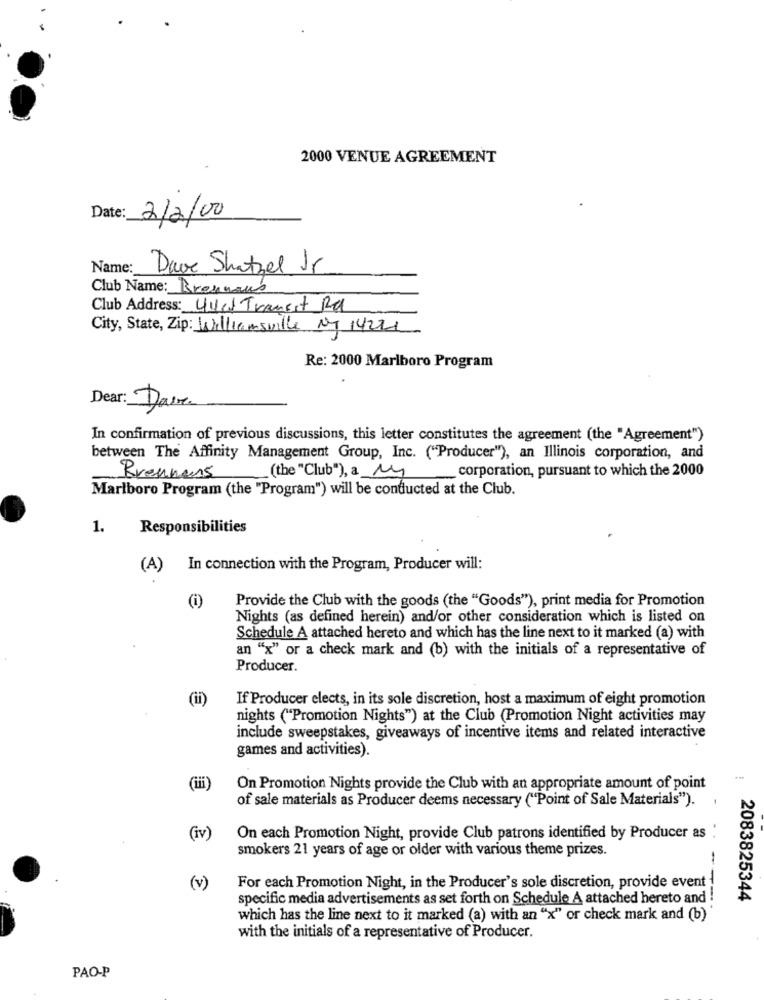
2000 VENUE AGREEMENT
Date:
2/2/00
Name:
Dave Shatzel Ir
Club Name: Brennaus
Club Address: Uvres Transst Rd
City, State, Zip: Williamsville NT 14221
Re: 2000 Marlboro Program
Dear: Dave
In confirmation of previous discussions, this letter constitutes the agreement (the "Agreement")
between The Affinity Management Group, Inc. ("Producer"), an Illinois corporation, and
_ corporation, pursuant to which the 2000
Brennens
(the "Club"), a My
Marlboro Program (the "Program") will be conducted at the Club.
1.
Responsibilities
(A)
In connection with the Program, Producer will:
(i)
Provide the Club with the goods (the "Goods"), print media for Promotion
Nights (as defined herein) and/or other consideration which is listed on
Schedule A attached hereto and which has the line next to it marked (a) with
an "x" or a check mark and (b) with the initials of a representative of
Producer.
(ii)
If Producer elects, in its sole discretion, host a maximum of eight promotion
nights ("Promotion Nights") at the Club (Promotion Night activities may
include sweepstakes, giveaways of incentive items and related interactive
games and activities).
(iii)
On Promotion Nights provide the Club with an appropriate amount of point
of sale materials as Producer deems necessary ("Point of Sale Materials").
(iv)
On each Promotion Night, provide Club patrons identified by Producer as
smokers 21 years of age or older with various theme prizes.
(v)
For each Promotion Night, in the Producer's sole discretion, provide event
specific media advertisements as set forth on Schedule A attached hereto and !
2083825344
which has the line next to it marked (a) with an "x" or check mark and (b)
with the initials of a representative of Producer.
PAO-P